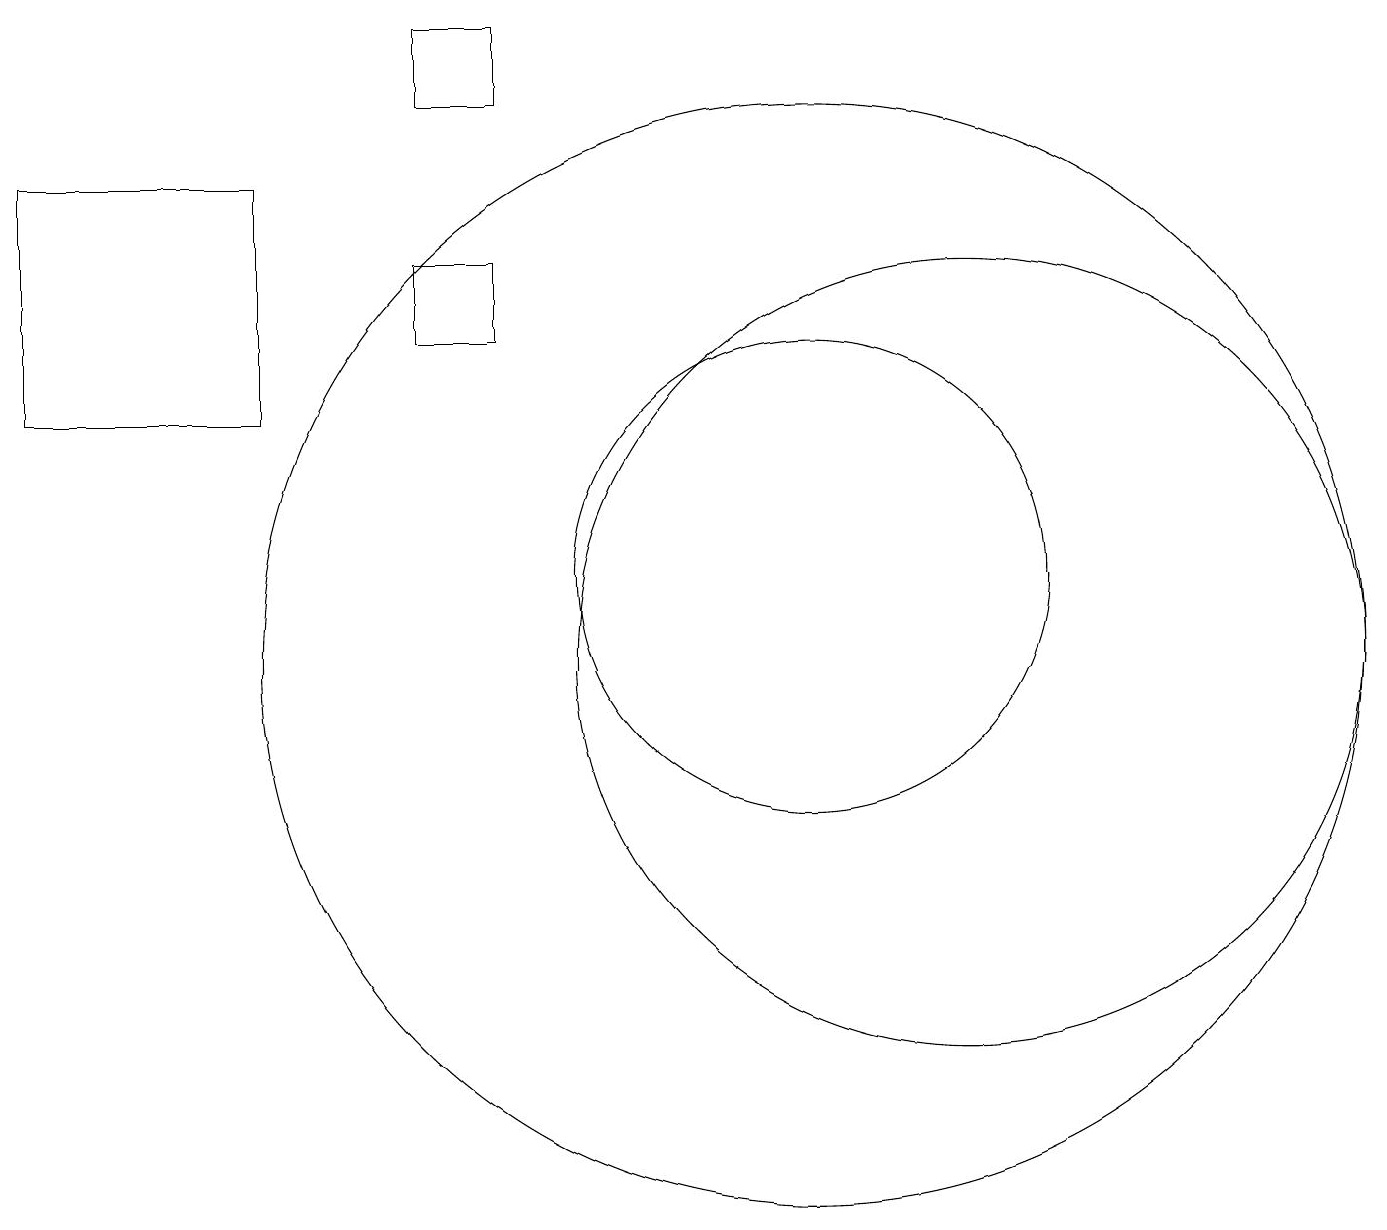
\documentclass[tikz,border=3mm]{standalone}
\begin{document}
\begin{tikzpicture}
\draw (11,10) circle (0);
\draw (10,12) circle (3);
\draw (6,16) rectangle (5,15);
\draw (6,18) rectangle (5,19);
\draw (12,11) circle (5);
\draw (10,11) circle (7);
\draw (0,14) rectangle (3,17);
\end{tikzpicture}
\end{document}